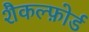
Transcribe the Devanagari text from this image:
शैकल्फ़ोर्ड